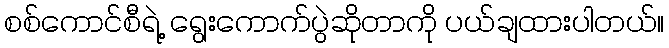
စစ်ကောင်စီရဲ့ ရွေးကောက်ပွဲဆိုတာကို ပယ်ချထားပါတယ်။